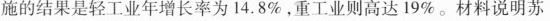
施的结果是轻工业年增长率为14.8%，重工业则高达19%。材料说明苏